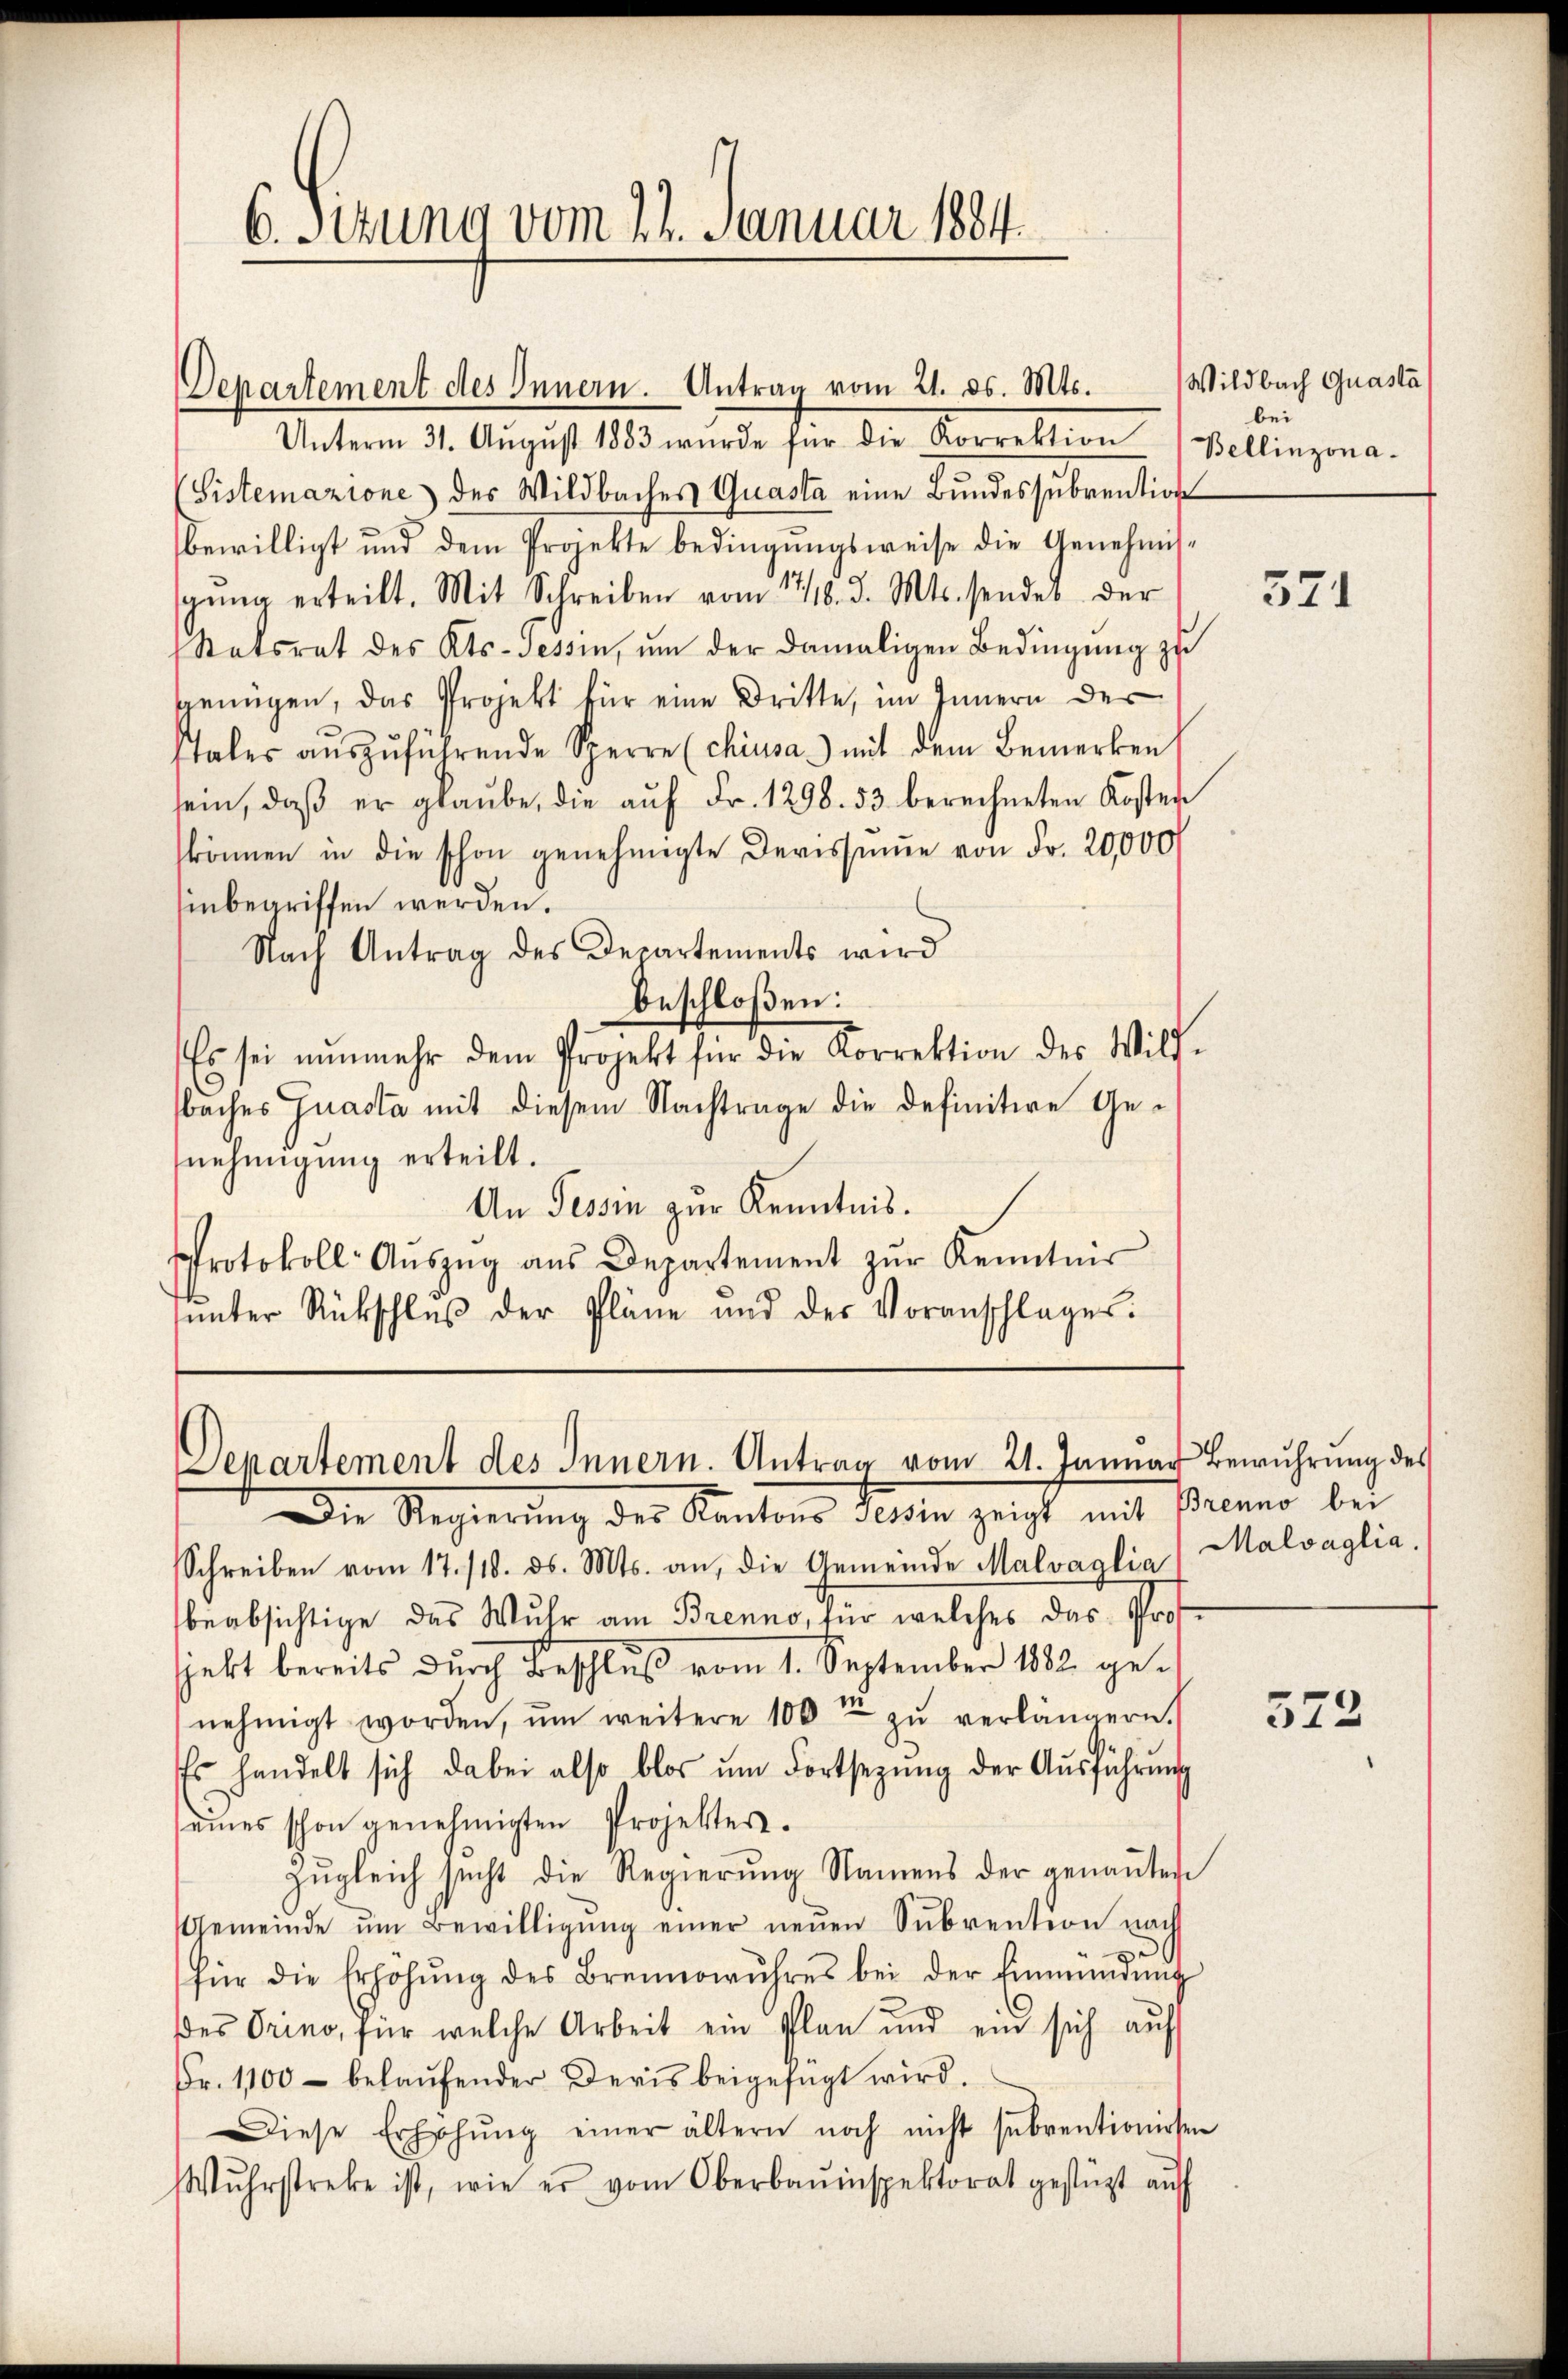
6. Sitzung vom 24. Januar 1884.

Departement des Innern. Antrag vom 21. ds. Mts.
Unterm 31. August 1883 wurde für die Korrektion (Bellinzona.
Listemazione des Wildbaches Quasta eine Bundessubvention
bewilligt und dem Projekte bedingungsweise die Genehmisgŭng erteilt. Mit Schreiben vom 17/18. d. Mts. sendes der
Ratsrat des Kts. Tessin, um der damaligen Bedingung zu
genügen, das Projekt für eine Dritte, im Innern der
staler aŭszŭführende Sperre (chiusa) mit dem Bemerken
sein, daβ er glaube, die aŭf Fr. 1298. 53 berechneten Koster
können in die schon genehmigte Devissŭṁe von Fr. 20,000
inbegriffen werden.
Nach Antrag des Departements wird
beschloßen:
Es sei nŭnmehr dem Projekt für die Korrektion des Wild-
baches Guasta mit diesem Nachtrage die definitive Genehmigung erteilt.
An Tessin zur Kenntnis.
Protokoll- Aŭszŭg aŭs Departement zŭr Kenntnis
unter Rückschluß der Pläne und der Voranschlages.

Departement des Innern. Antrag vom 21. Januar

Wildbach Quasta
bei

Die Regierŭng der Kantons Gesin zeigt mit Brenno bei
Schreiben vom 17./18. ds. Mts. an, die Gemeinde Malvaglia, Malvaglia
beabsichtige das Wuhr am Brenno, für welches das Protjekt bereits durch Beschluß vom 1. September 1882 genehmigt worden, ŭm weitere 100 zŭ verlängern.
s handelt sich dabei also blos ŭm Fortsetzŭng der Aŭsführung
eines schon genehmigten Projekter.
Zŭgleich sucht die Regierung Namens der genaṅten
Gemeinde ŭm Bewilligŭng einer neŭen Sŭbvention nach
für die Erhöhŭng des Brennwŭhres bei der Einmündŭng
des Orino, für welche Arbeit ein Plan und ein sich aŭf
Fr. 1100 belaŭfender Devis beigefügt wird.
Diese Erhöhŭng einer ältern noch nicht subventionirten
Wŭhrstreke ist, wie er vom Oberbauinspektorat gestützt aŭf

371

Bewuhrung des

572